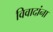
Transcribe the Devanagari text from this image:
विवादांना